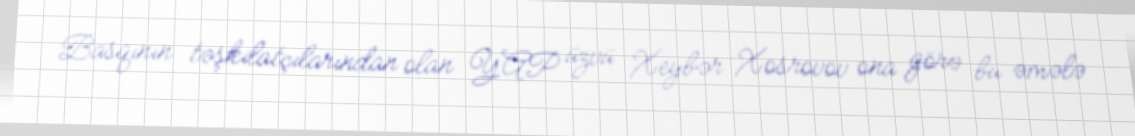
Basqının təşkilatçılarından olan YAP üzvü Xeybər Xosrovov ona görə bu əmələ